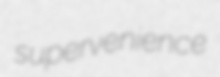
supervenience